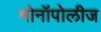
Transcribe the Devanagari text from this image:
मोनॉपोलीज